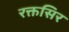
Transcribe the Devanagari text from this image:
रक्तसिर